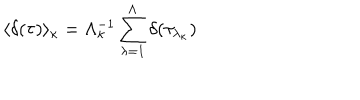
LaTeX: \langle \delta ( \tau ) \rangle _ { \kappa } = \Lambda _ { \kappa } ^ { - 1 } \sum _ { \lambda = 1 } ^ { \Lambda } \delta ( \tau _ { \lambda _ { \kappa } } )